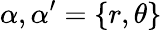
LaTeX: \alpha,\alpha^{\prime}=\{ r,\theta\}